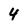
Character: 4